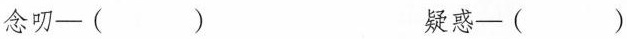
念叨—（）疑惑—（）